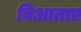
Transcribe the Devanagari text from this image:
बिआताए